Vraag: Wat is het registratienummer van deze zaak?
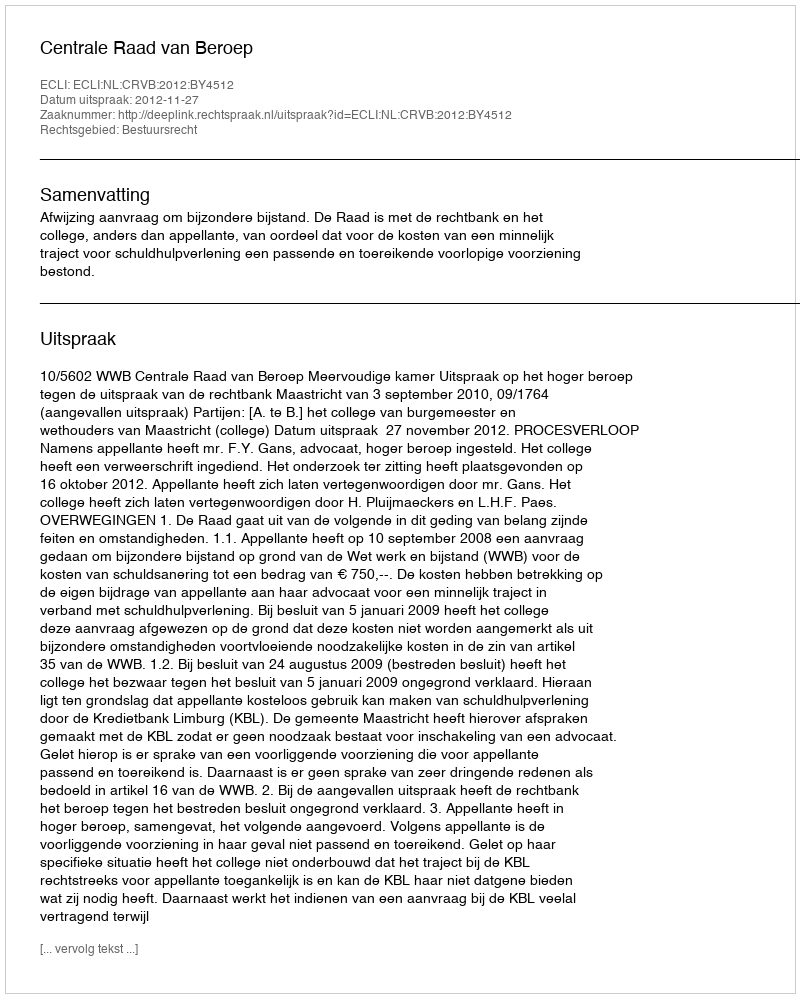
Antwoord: http://deeplink.rechtspraak.nl/uitspraak?id=ECLI:NL:CRVB:2012:BY4512